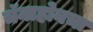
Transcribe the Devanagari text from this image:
चॅनाहोनचा